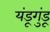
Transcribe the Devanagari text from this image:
यंडूगुंडू